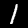
Label: 1